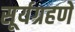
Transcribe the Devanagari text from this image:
सूर्यग्रहणे